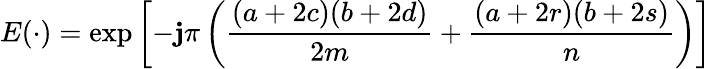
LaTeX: E(\cdot)=\exp\left[-\mathbf{j}\pi\left({\frac{{(a+2c)(b+2d)}}{{2m}}}+{\frac{{(a+2r)(b+2s)}}{{n}}}\right)\right]